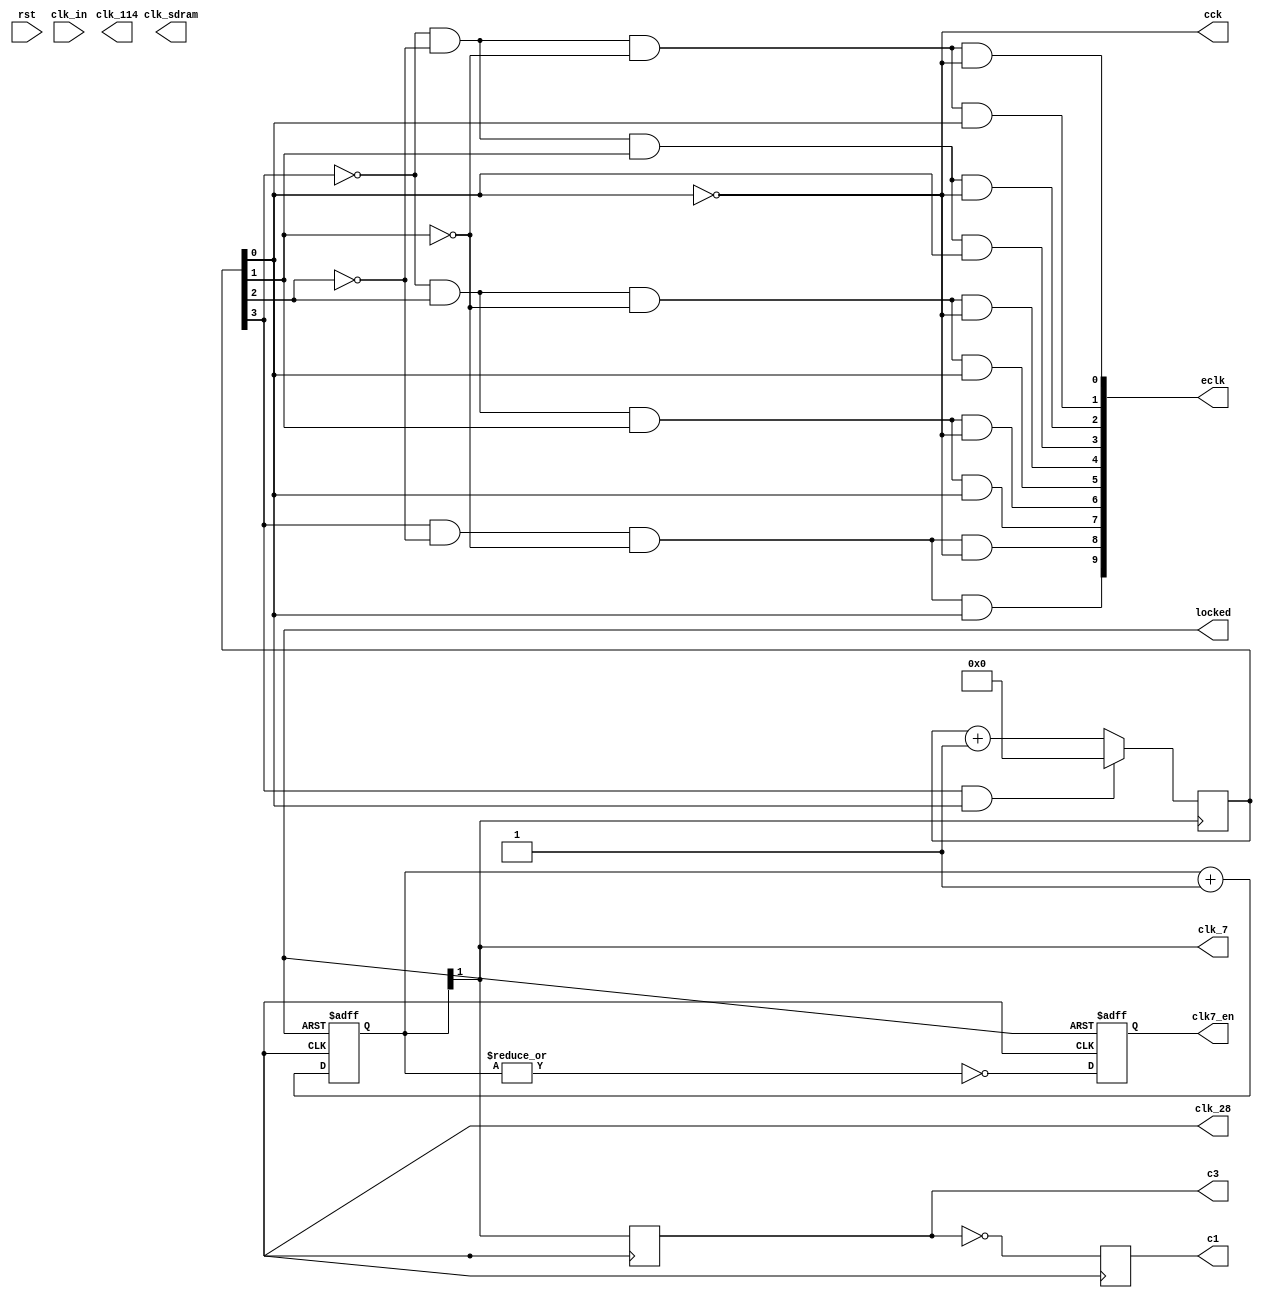
module amiga_clk (
  input  wire           rst,        // asynhronous reset input
  input  wire           clk_in,     // input clock        ( 27.000000MHz)
  output wire           clk_114,    // SDRAM ctrl   clock (114.750000MHz)
  output wire           clk_sdram,  // SDRAM output clock (114.750000MHz, -146.25 deg)
  output wire           clk_28,     // 28MHz output clock ( 28.375160MHz)
  output wire           clk_7,      // 7MHz  output clock (  7.171875MHz)
  output wire           clk7_en,    // 7MHz output clock enable (on 28MHz clock domain)
  output wire           c1,         // clk28m clock domain signal synchronous with clk signal
  output wire           c3,         // clk28m clock domain signal synchronous with clk signal delayed by 90 degrees
  output wire           cck,        // colour clock output (3.54 MHz)
  output wire [ 10-1:0] eclk,       // 0.709379 MHz clock enable output (clk domain pulse)
  output wire           locked      // PLL locked output
);


//// simulation clocks ////
`ifdef SOC_SIM
reg            clk_114_r;
reg            clk_28_r;
reg            clk_sdram_r;
reg            pll_locked_r;
initial begin
  pll_locked_r  = 1'b0;
  wait (!rst);
  #50;
  pll_locked_r  = 1'b1;
end
initial begin
  clk_114_r     = 1'b1;
  #1;
  wait (pll_locked_r);
  #3;
  forever #4.357  clk_114_r   = ~clk_114_r;
end
initial begin
  clk_28_r      = 1'b1;
  #1;
  wait (pll_locked_r);
  #5;
  forever #17.428 clk_28_r    = ~clk_28_r;
end
initial begin
  clk_sdram_r   = 1'b1;
  #1;
  wait (pll_locked_r);
  #3;
  forever #4.357  clk_sdram_r = ~clk_sdram_r;
end
assign clk_114    = clk_114_r;
assign clk_28     = clk_28_r;
assign clk_sdram  = clk_sdram_r;
assign locked = pll_locked_r;

`else


//// hardware clocks ////

// device-specific PLL/DCM
`ifdef MINIMIG_ALTERA
amiga_clk_altera amiga_clk_i (
  .areset   (rst      ),
  .inclk0   (clk_in   ),
  .c0       (clk_114  ),
  .c1       (clk_28   ),
  .c2       (clk_sdram),
  .locked   (locked   )
);
`endif

`ifdef MINIMIG_XILINX
amiga_clk_xilinx amiga_clk_i (
  .areset   (rst      ),
  .inclk0   (clk_in   ),
  .c0       (clk_114  ),
  .c1       (clk_28   ),
  .c2       (clk_sdram),
  .locked   (locked   )
);
`endif

`endif


//// generated clocks ////

// 7MHz
reg [2-1:0] clk7_cnt = 2'b10;
reg         clk7_en_reg = 1'b0;
always @ (posedge clk_28, negedge locked) begin
  if (!locked) begin
    clk7_cnt <= 2'b10;
    clk7_en_reg <= #1 1'b1;
  end else begin
    clk7_cnt <= clk7_cnt + 2'b01;
    clk7_en_reg <= #1 ~|clk7_cnt;
  end
end

assign clk_7 = clk7_cnt[1];
assign clk7_en = clk7_en_reg;

// amiga clocks & clock enables
//            __    __    __    __    __
// clk_28  __/  \__/  \__/  \__/  \__/  
//            ___________             __
// clk_7   __/           \___________/  
//            ___________             __
// c1      __/           \___________/   <- clk28m domain
//                  ___________
// c3      ________/           \________ <- clk28m domain
//

// clk_28 clock domain signal synchronous with clk signal delayed by 90 degrees
reg c3_r = 1'b0;
always @(posedge clk_28) begin
  c3_r <= clk_7;
end
assign c3 = c3_r;

// clk28m clock domain signal synchronous with clk signal
reg c1_r = 1'b0;
always @(posedge clk_28) begin
  c1_r <= ~c3_r;
end
assign c1 = c1_r;

// counter used to generate e clock enable
reg [3:0] e_cnt = 4'b0000;
always @(posedge clk_7) begin
  if (e_cnt[3] && e_cnt[0])
    e_cnt[3:0] <= 4'd0;
  else
    e_cnt[3:0] <= e_cnt[3:0] + 4'd1;
end

// CCK clock output
assign cck = ~e_cnt[0];

// 0.709379 MHz clock enable output (clk domain pulse)
assign eclk[0] = ~e_cnt[3] & ~e_cnt[2] & ~e_cnt[1] & ~e_cnt[0]; // e_cnt == 0
assign eclk[1] = ~e_cnt[3] & ~e_cnt[2] & ~e_cnt[1] &  e_cnt[0]; // e_cnt == 1
assign eclk[2] = ~e_cnt[3] & ~e_cnt[2] &  e_cnt[1] & ~e_cnt[0]; // e_cnt == 2
assign eclk[3] = ~e_cnt[3] & ~e_cnt[2] &  e_cnt[1] &  e_cnt[0]; // e_cnt == 3
assign eclk[4] = ~e_cnt[3] &  e_cnt[2] & ~e_cnt[1] & ~e_cnt[0]; // e_cnt == 4
assign eclk[5] = ~e_cnt[3] &  e_cnt[2] & ~e_cnt[1] &  e_cnt[0]; // e_cnt == 5
assign eclk[6] = ~e_cnt[3] &  e_cnt[2] &  e_cnt[1] & ~e_cnt[0]; // e_cnt == 6
assign eclk[7] = ~e_cnt[3] &  e_cnt[2] &  e_cnt[1] &  e_cnt[0]; // e_cnt == 7
assign eclk[8] =  e_cnt[3] & ~e_cnt[2] & ~e_cnt[1] & ~e_cnt[0]; // e_cnt == 8
assign eclk[9] =  e_cnt[3] & ~e_cnt[2] & ~e_cnt[1] &  e_cnt[0]; // e_cnt == 9


endmodule